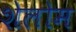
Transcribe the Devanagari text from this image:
शेलोम